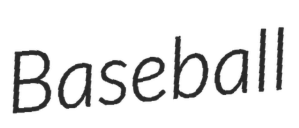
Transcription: Baseball